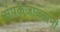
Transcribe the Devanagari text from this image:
संपर्कजाळ्यांनी